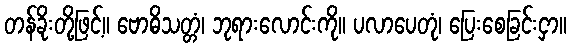
တန်ခိုးတို့ဖြင့်။ ဗောဓိသတ္တံ၊ ဘုရားလောင်းကို။ ပလာပေတုံ၊ ပြေးစေခြင်းငှာ။